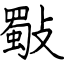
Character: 斀